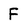
Character: F